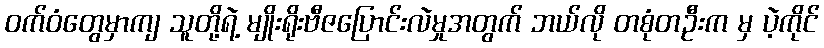
ဝက်ဝံတွေမှာကျ သူတို့ရဲ့ မျိုးရိုးဗီဇပြောင်းလဲမှုအတွက် ဘယ်လို တစုံတဦးက မှ ပဲ့ကိုင်